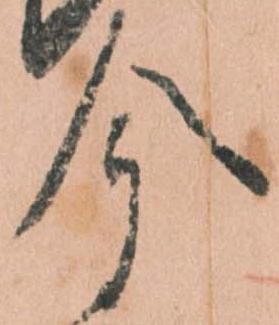
今